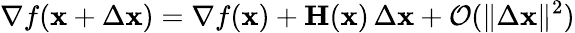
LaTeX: \nabla f(\mathbf{x}+\Delta\mathbf{x})=\nabla f(\mathbf{x})+\mathbf{H}(\mathbf{x})\, \Delta\mathbf{x}+{\mathcal{O}}(\| \Delta\mathbf{x}\| ^{2})